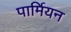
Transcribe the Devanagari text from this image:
पार्मियन